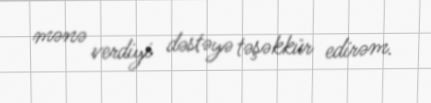
mənə verdiyi dəstəyə təşəkkür edirəm.